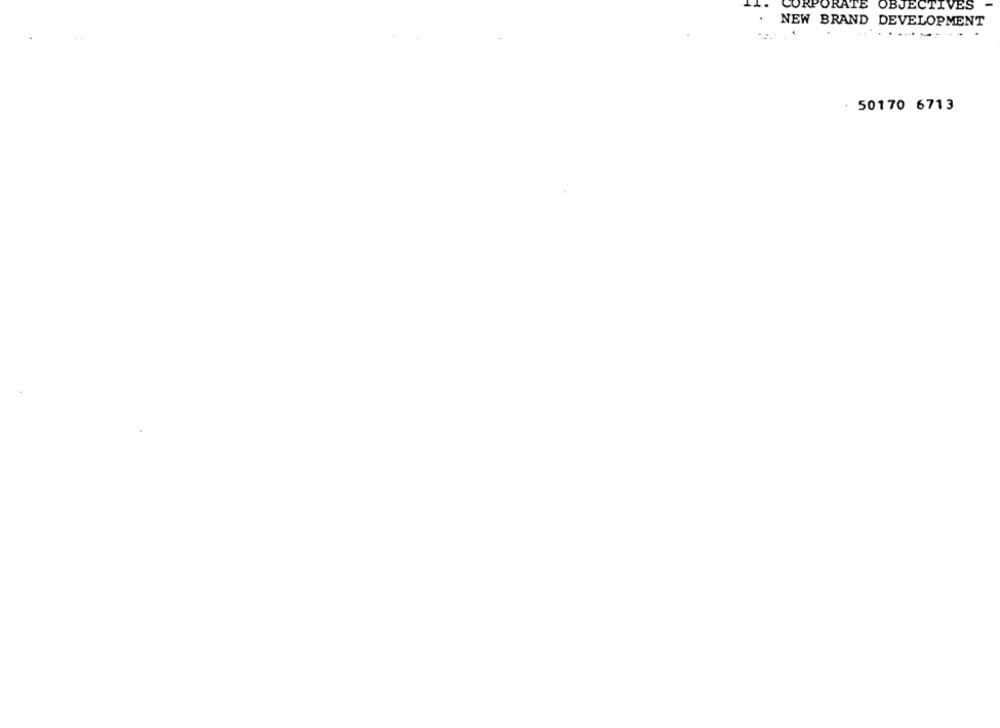
CORPORATE OBJECTIVES
NEW BRAND DEVELOPMENT
.....-----
. 50170 6713